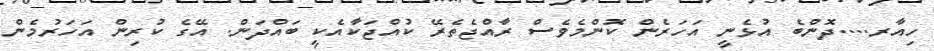
ހިއާރ....ދޮންބެ އުޅެނީ އަހަރެން ކޮންމެވެސް ރާއްޖެތެރޭ ކުއްޖަކާއެކީ ބައްދަން. އޭގެ ކުރިން އަހަރުމެން